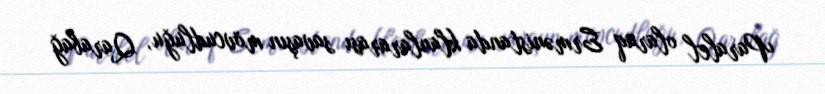
Paralel olaraq Ermənistanda klanlararası savaşın mövcudluğu, Qarabağ